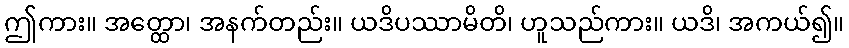
ဤကား။ အတ္ထော၊ အနက်တည်း။ ယဒိပဿာမိတိ၊ ဟူသည်ကား။ ယဒိ၊ အကယ်၍။